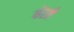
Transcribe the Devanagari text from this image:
येरवे